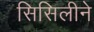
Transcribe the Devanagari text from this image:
सिसिलीने